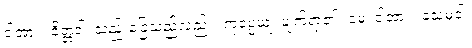
ငါ့အား။ ဝိတ္တံဝါ၊ သည်းခြေသည်လည်း။ ကုပ္ပေယျ၊ ပျက်ရာ၏။ မေ၊ ငါ့အား။ သေမှံဝါ၊